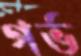
গর্ভ